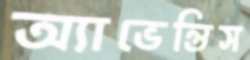
অ্যাভেন্তিস